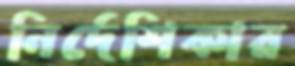
নির্দেশিকার